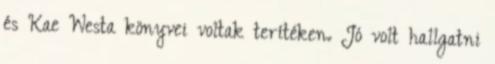
és Kae Westa könyvei voltak terítéken. Jó volt hallgatni